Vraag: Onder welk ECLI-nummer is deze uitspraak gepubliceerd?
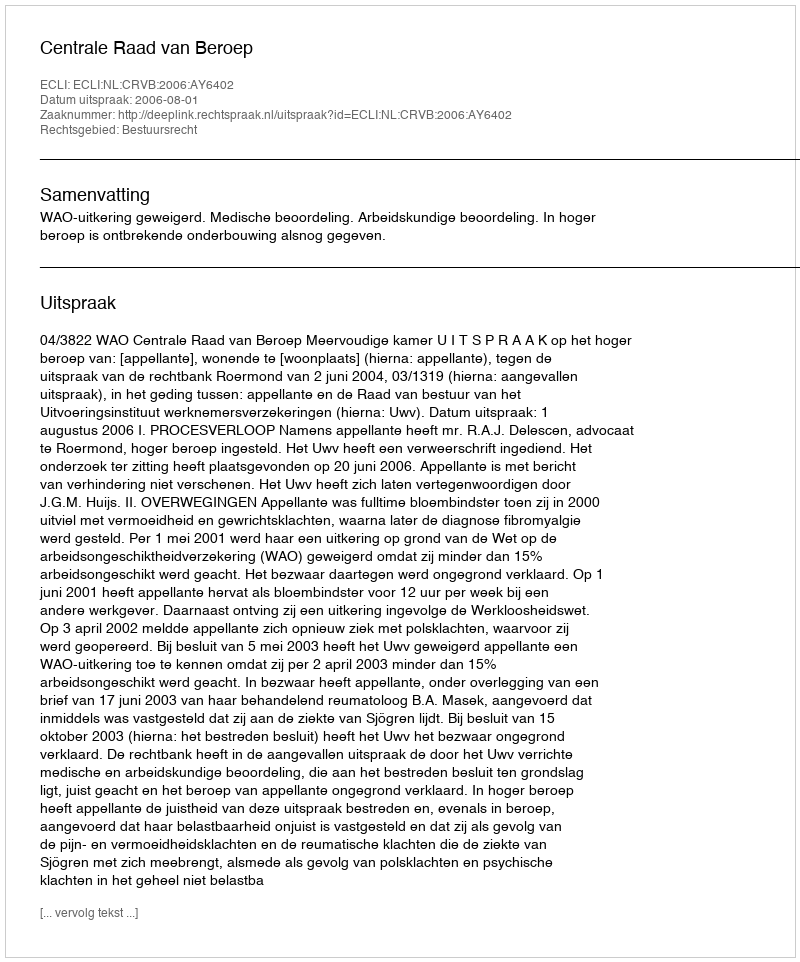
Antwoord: ECLI:NL:CRVB:2006:AY6402